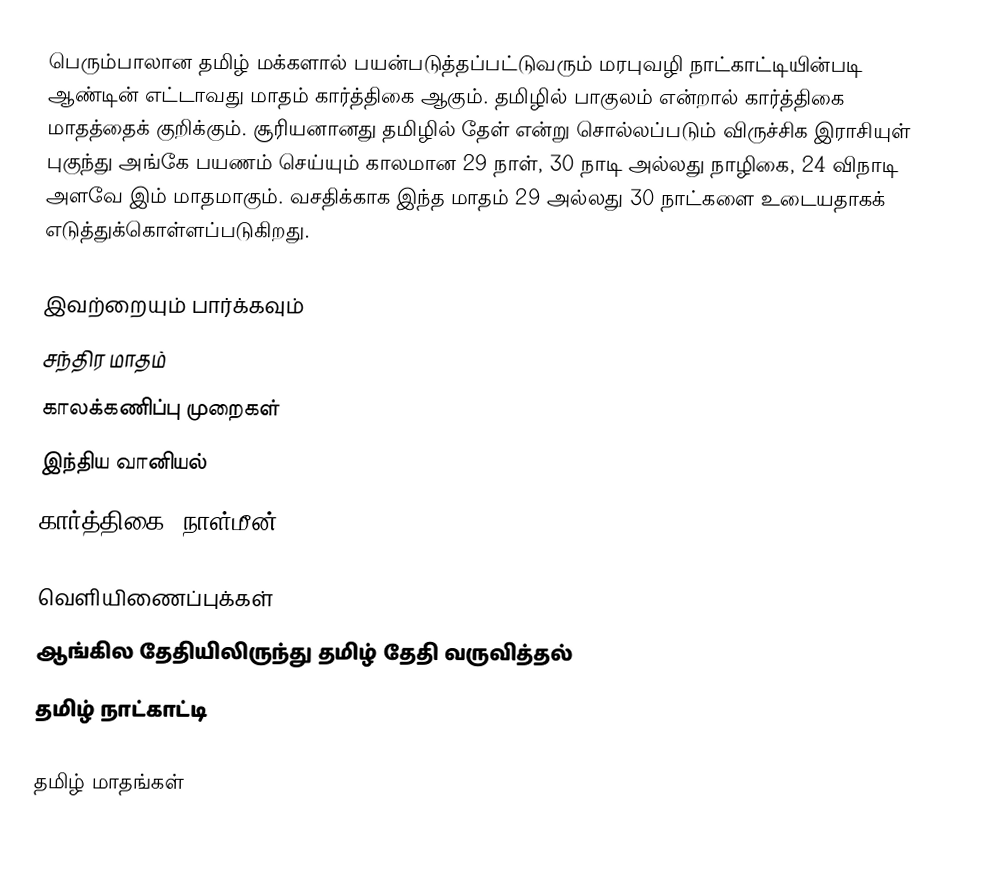
பெரும்பாலான தமிழ் மக்களால் பயன்படுத்தப்பட்டுவரும் மரபுவழி நாட்காட்டியின்படி ஆண்டின் எட்டாவது மாதம் கார்த்திகை ஆகும். தமிழில் பாகுலம் என்றால் கார்த்திகை மாதத்தைக் குறிக்கும். சூரியனானது  தமிழில் தேள் என்று சொல்லப்படும் விருச்சிக இராசியுள் புகுந்து அங்கே பயணம் செய்யும் காலமான 29 நாள், 30 நாடி அல்லது நாழிகை, 24 விநாடி அளவே இம் மாதமாகும். வசதிக்காக இந்த மாதம் 29 அல்லது 30 நாட்களை உடையதாகக் எடுத்துக்கொள்ளப்படுகிறது.

இவற்றையும் பார்க்கவும்
 சந்திர மாதம்
 காலக்கணிப்பு முறைகள்
 இந்திய வானியல்
 கார்த்திகை (நாள்மீன்)

வெளியிணைப்புக்கள்
ஆங்கில தேதியிலிருந்து தமிழ் தேதி வருவித்தல்
தமிழ் நாட்காட்டி

தமிழ் மாதங்கள்